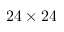
2 4 \times 2 4